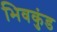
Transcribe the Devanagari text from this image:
भिवकुंड